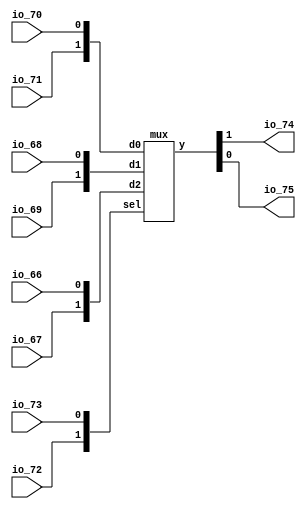

module top
(
    input  io_72, io_73,
    input  io_71, io_70, io_69, io_68, io_67, io_66,
    output io_74, io_75
);
    // input signals
    wire [1:0] sel = { io_72, io_73 };
    wire [1:0] d0  = { io_71, io_70 };
    wire [1:0] d1  = { io_69, io_68 };
    wire [1:0] d2  = { io_67, io_66 };

    // connecting mux output with top module ports
    wire [1:0] y;
    assign { io_74, io_75 } = y;

    // mux
    mux mux
    (
        .d0  ( d0  ),
        .d1  ( d1  ),
        .d2  ( d2  ),
        .sel ( sel ),
        .y   ( y   )
    );

endmodule

module mux
(
    input      [1:0] d0, d1, d2, 
    input      [1:0] sel,
    output reg [1:0] y
);
    // All possible values of input signals should be provided
    // or an inferred latch will be generated!
    always @(*) begin
        case (sel)
            2'b00: y = d0;
            2'b01: y = d1;
            2'b10: y = d2;
            2'b11: y = d2;
        endcase
    end
endmodule